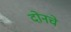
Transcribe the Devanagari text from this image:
दोनचे